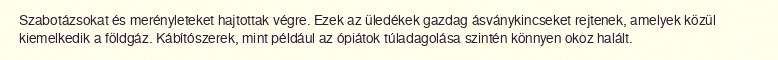
Szabotázsokat és merényleteket hajtottak végre. Ezek az üledékek gazdag ásványkincseket rejtenek, amelyek közül kiemelkedik a földgáz. Kábítószerek, mint például az ópiátok túladagolása szintén könnyen okoz halált.